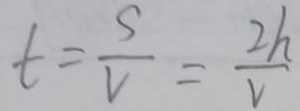
t = \frac { s } { v } = \frac { 2 h } { v }